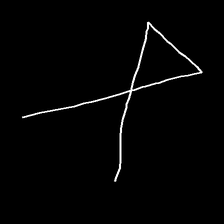
Glyph: collection